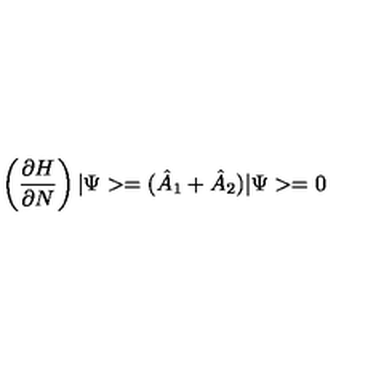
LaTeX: \left( \frac { \partial H } { \partial N } \right) | \Psi > = ( \hat { A } _ { 1 } + \hat { A } _ { 2 } ) | \Psi > = 0